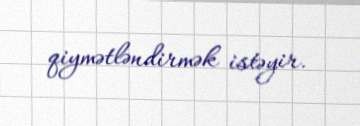
qiymətləndirmək istəyir.